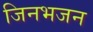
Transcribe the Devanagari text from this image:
जिनभजन